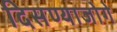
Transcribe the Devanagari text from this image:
दिसण्याजोगे